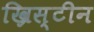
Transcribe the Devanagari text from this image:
ख्रिस्टीन